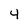
Character: 4